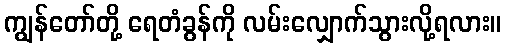
ကျွန်တော်တို့ ရေတံခွန်ကို လမ်းလျှောက်သွားလို့ရလား။